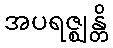
အပရဇ္ဈန္တိ